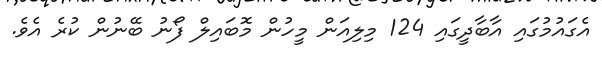
އެގައުމުގައި އާބާދީގައި 124 މިލިއަން މީހުން މޮބައިލް ފޯނު ބޭނުން ކުރެ އެވެ.